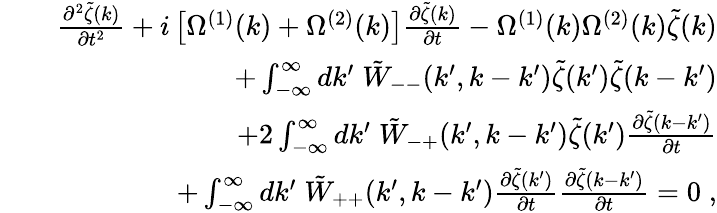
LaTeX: \begin{array}{rlr}&{}&{\frac{\partial^{2}\tilde{\zeta}(k)}{\partial t^{2}}+i\left[\Omega^{(1)}(k)+\Omega^{(2)}(k)\right]\frac{\partial\tilde{\zeta}(k)}{\partial t}-\Omega^{(1)}(k)\Omega^{(2)}(k)\tilde{\zeta}(k)}\\ &{}&{+\int_{-\infty}^{\infty}dk^{\prime}\; \tilde{W}_{--}(k^{\prime},k-k^{\prime})\tilde{\zeta}(k^{\prime})\tilde{\zeta}(k-k^{\prime})}\\ &{}&{+2\int_{-\infty}^{\infty}dk^{\prime}\; \tilde{W}_{-+}(k^{\prime},k-k^{\prime})\tilde{\zeta}(k^{\prime})\frac{\partial\tilde{\zeta}(k-k^{\prime})}{\partial t}}\\ &{}&{+\int_{-\infty}^{\infty}dk^{\prime}\; \tilde{W}_{++}(k^{\prime},k-k^{\prime})\frac{\partial\tilde{\zeta}(k^{\prime})}{\partial t}\frac{\partial\tilde{\zeta}(k-k^{\prime})}{\partial t}=0\; ,}\end{array}